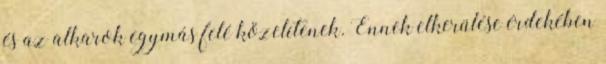
és az alkarok egymás felé közelítenek. Ennek elkerülése érdekében